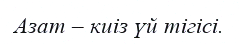
Азат – киіз үй тігісі.